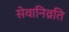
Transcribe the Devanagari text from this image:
सेवानिव्रति